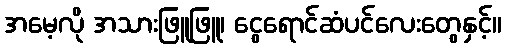
အမေ့လို အသားဖြူဖြူ၊ ငွေရောင်ဆံပင်လေးတွေနှင့်။